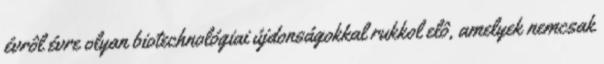
évrôl évre olyan biotechnológiai újdonságokkal rukkol elô, amelyek nemcsak